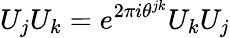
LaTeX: U_{j}U_{k}=e^{2\pi i\theta^{jk}}U_{k}U_{j}